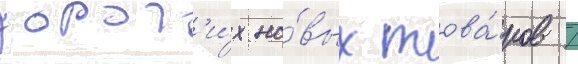
дорог'и́х но́вых това́ров /